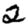
Digit: 2